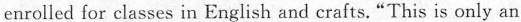
enrolled for classes in English and crafts. "This is only an